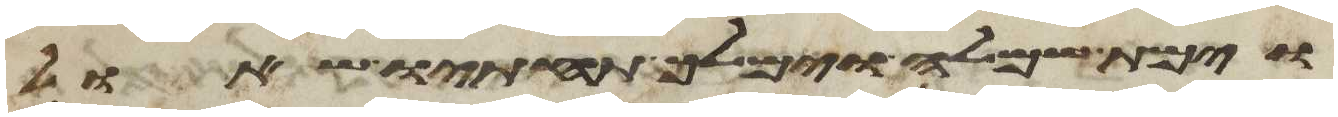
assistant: וימת שמלה וימלך תחתיו שאול